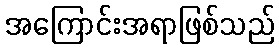
အကြောင်းအရာဖြစ်သည်